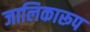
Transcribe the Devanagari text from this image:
जालिकारूप